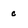
Character: c